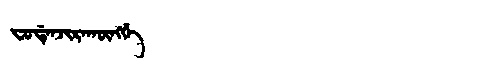
Manchu: ᠸᡠᡩᡝᠨᠵᡳᡵᠠᡴᡡᠩᡤᡝ
Romanization: FUDENJIRAKŪNGGE